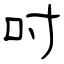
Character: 吋